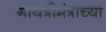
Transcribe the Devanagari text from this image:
गायत्रीमंत्राच्या